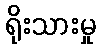
ရိုးသားမှု